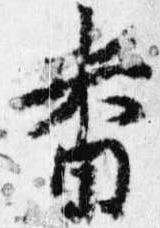
番